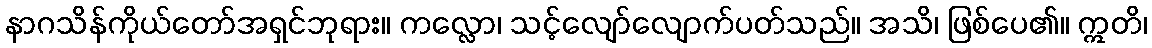
နာဂသိန်ကိုယ်တော်အရှင်ဘုရား။ ကလ္လော၊ သင့်လျော်လျောက်ပတ်သည်။ အသိ၊ ဖြစ်ပေ၏။ ဣတိ၊